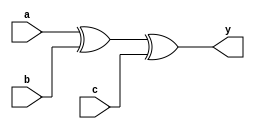
module xor3(a,b,c,y);
input a,b,c;
output y;
wire w1;
xor x1(w1,a,b);
xor x2(y,w1,c);
endmodule